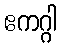
ဧကဂ္ဂါ